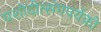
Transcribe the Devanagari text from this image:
यशोदोत्संगपर्यंको